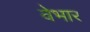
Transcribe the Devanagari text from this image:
वेभार